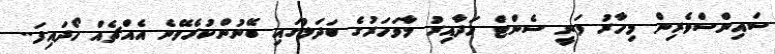
ސައިންސްވެރިން މިހާރު ވަނީ ސެންޓް ހަދާއިރު މާވަހަރުގެ ބަދަލުގައި ބޭނުންކުރެވޭނެ އެއްޗެއް ހޯދައިފަ..